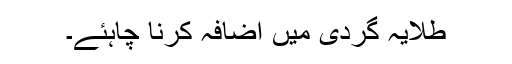
طلایہ گردی میں اضافہ کرنا چاہئے۔